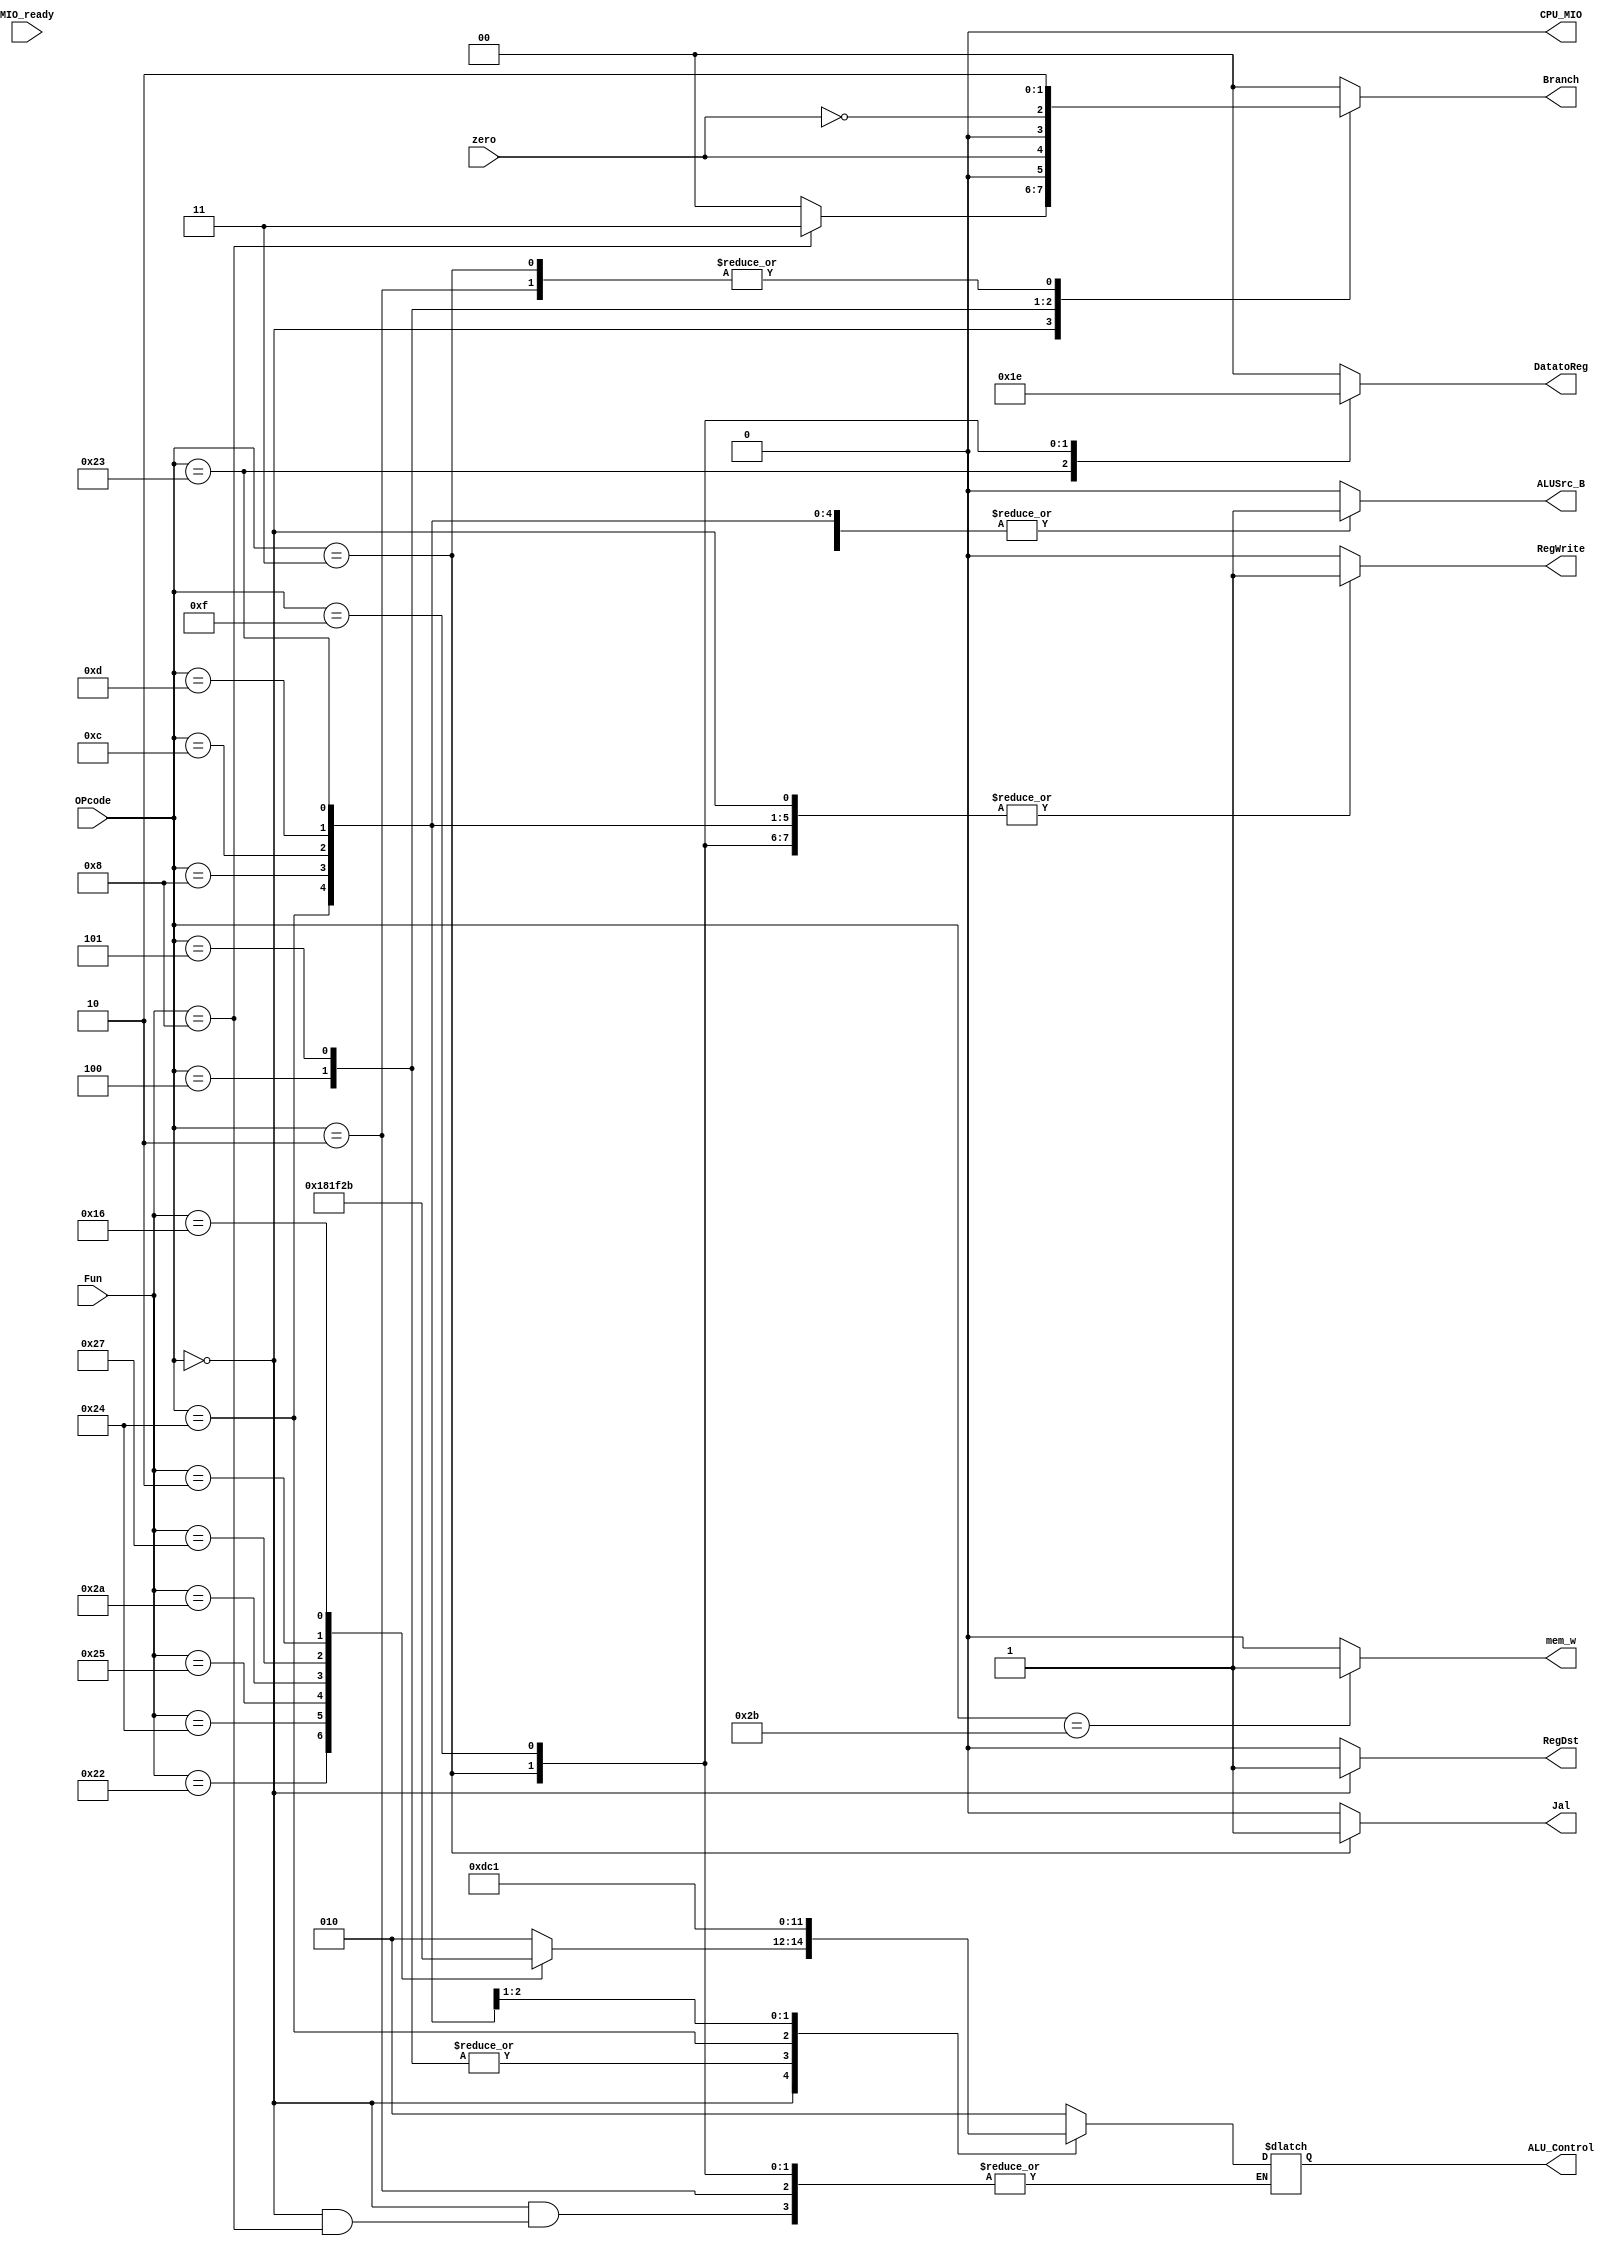
module 	     SCtrl_M(input[5:0]OPcode,				//OPcode
							 input[5:0]Fun,					//Function						
							 input wire MIO_ready,			//CPU Wait
							 input wire zero,					//ALU result=0
							 output reg RegDst,
							 output reg ALUSrc_B,
							 output reg [1:0] DatatoReg,
							 output reg Jal,
							 output reg [1:0]Branch,
							 output reg RegWrite,
							 output reg mem_w,
							 output reg [2:0]ALU_Control,
							 output reg CPU_MIO
							);
					  
	always @* begin
		RegDst=0;
		ALUSrc_B=0;
		DatatoReg=2'b00;
		RegWrite=0;
		Branch=2'b00;
		Jal=0;
		mem_w=0;
		CPU_MIO=0;
		
			case(OPcode)												//ALUop
				6'b000000: begin RegDst=1;RegWrite=1;			//ALU
							  case(Fun)
								6'b100000: ALU_Control=3'b010;	//add
								6'b100010: ALU_Control=3'b110;	//sub
								6'b100100: ALU_Control=3'b000;	//and
								6'b100101: ALU_Control=3'b001;	//or
								6'b101010: ALU_Control=3'b111;	//slt
								6'b100111: ALU_Control=3'b100;	//nor:~(A | B)
								6'b000010: ALU_Control=3'b101;	//srl
								6'b010110: ALU_Control=3'b011;	//xor
				//				6'h00:	  ALU_Control=3'b011;	//sll
								6'h08:	  Branch=2'b11; 			//jr

								default:   ALU_Control=3'bx;
							  endcase
							  end
							  
				6'b100011: begin ALU_Control=3'b010;									//add
									  ALUSrc_B=1;DatatoReg=2'b01;RegWrite=1;	end	//load
									  
				6'b101011: begin ALU_Control=3'b010;									//add
									  ALUSrc_B=1;	mem_w=1;							end	//store
									  
				6'b000100: begin ALU_Control=3'b110;									//zero=1?
									  Branch={1'b0,zero};							end	//beq	
									  
				6'b000010:		  Branch=2'b10;											//jump
				
				6'h05: 	  begin ALU_Control=3'b110;									//zero=0?
									  Branch={1'b0,~zero};							end	//bne
									  
				6'h24: 	  begin ALU_Control=3'b111;
									  ALUSrc_B=1; RegWrite=1;						end	//slti
									  
				6'h08: 	  begin ALU_Control=3'b010;
									  ALUSrc_B=1;	RegWrite=1;						end	//addi;	

		//		6'h09: 	  begin ALU_Control=3'b010; 
		//							  ALUSrc_B=2b10;RegWrite=1;end						//adduiALUSrc_B

				6'h0c: 	  begin ALU_Control=3'b000;	
									  ALUSrc_B=1; RegWrite=1;						end	//andi
				
				6'h0d: 		begin ALU_Control=3'b001;
									   ALUSrc_B=1; RegWrite=1;end							//ori
										
		//		6'h0e: 		begin ALU_Control=3'b011;	
		//								ALUSrc_B=1; RegWrite=1;end							//xori

				6'h03:		begin Jal=1; Branch=2'b10;	
										DatatoReg=2'b11;  RegWrite=1;	end				//jal
				
				6'h0f: 		begin DatatoReg=2'b10;		RegWrite=1;end				//lui
				
		//		6'h10: if (int_code & function_code==6'h20) RFE=1;					//interrupt return

				default: 		  ALU_Control=3'b010;	

			endcase
	end
	
endmodule